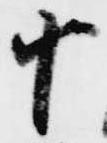
十